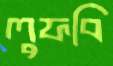
লুফবি